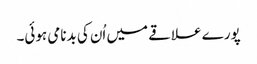
پورے علاقے میں اُن کی بدنامی ہوئی۔